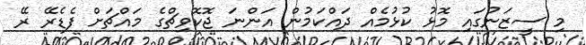
މި ސީޒަނުގައި މޮޅު ކުޅުމެއް ދައްކަމުން އަންނަ ޖޮކޮވިޗްގެ މައްޗަށް ފެޑެރޭ ރޭ